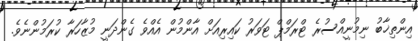
އިންތިޚާބު ނިމުނީއްސުރެ ޓްރަމްޕް ޓަވަރު ކައިރިއަށް އާންމުން އެއްވެ ގެންދަނީ މުޒާހަރާ ކުރަމުންނެވެ.